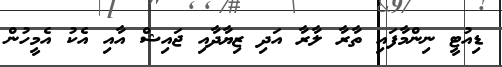
ޑިއުޓީ ނިންމާފައި ތާރާ ލާރާ އަދި ޒިޔާދާއި ޖައިޝް އާއި އެކު އެމީހުން